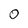
Character: O